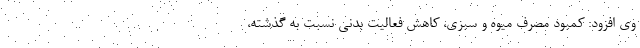
وی افزود: کمبود مصرف میوه و سبزی، کاهش فعالیت بدنی نسبت به گذشته،